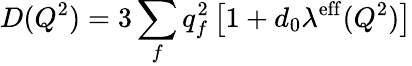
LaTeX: D(Q^{2})=3\sum_{f}q_{f}^{2}\left[1+d_{0}\lambda^{\mathrm{eff}}(Q^{2})\right]